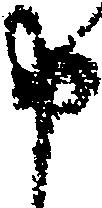
申